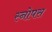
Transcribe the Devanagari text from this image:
स्नोपस